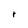
Character: r